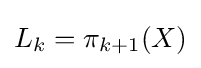
L_{k}=\pi _{k+1}(X)